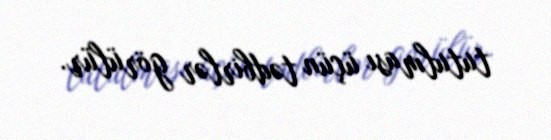
tutulması üçün tədbirlər görülür.